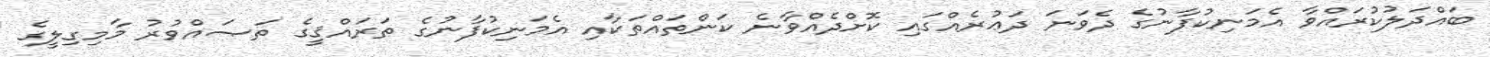
ބައްދަލުކުރައްވާ އެމަނިކުފާނުގެ ދެވަނަ ދަޢުރެއްގައި ކޮށްދެއްވާނެ ކަންތައްތަކާއި އެމަނިކުފާނުގެ ތަރައްޤީގެ ތަޞައްވުރު މާމިގިލީގެ